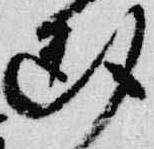
断